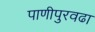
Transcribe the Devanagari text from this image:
पाणीपुरवढा